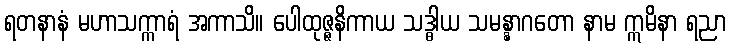
ရတနာနံ မဟာသက္ကာရံ အကာသိ။ ပေါထုဇ္ဇနိကာယ သဒ္ဓါယ သမန္နာဂတော နာမ ဣမိနာ ရညာ